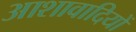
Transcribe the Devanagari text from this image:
आशावादियों